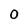
Character: 0